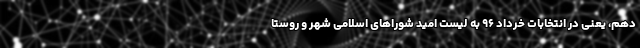
دهم، یعنی در انتخابات خرداد ۹۶ به لیست امید شوراهای اسلامی شهر و روستا